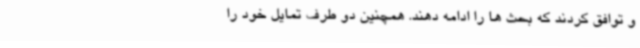
و توافق کردند که بحث ها را ادامه دهند. همچنین دو طرف تمایل خود را